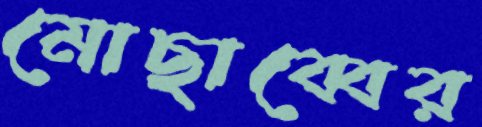
মোছাব্বের